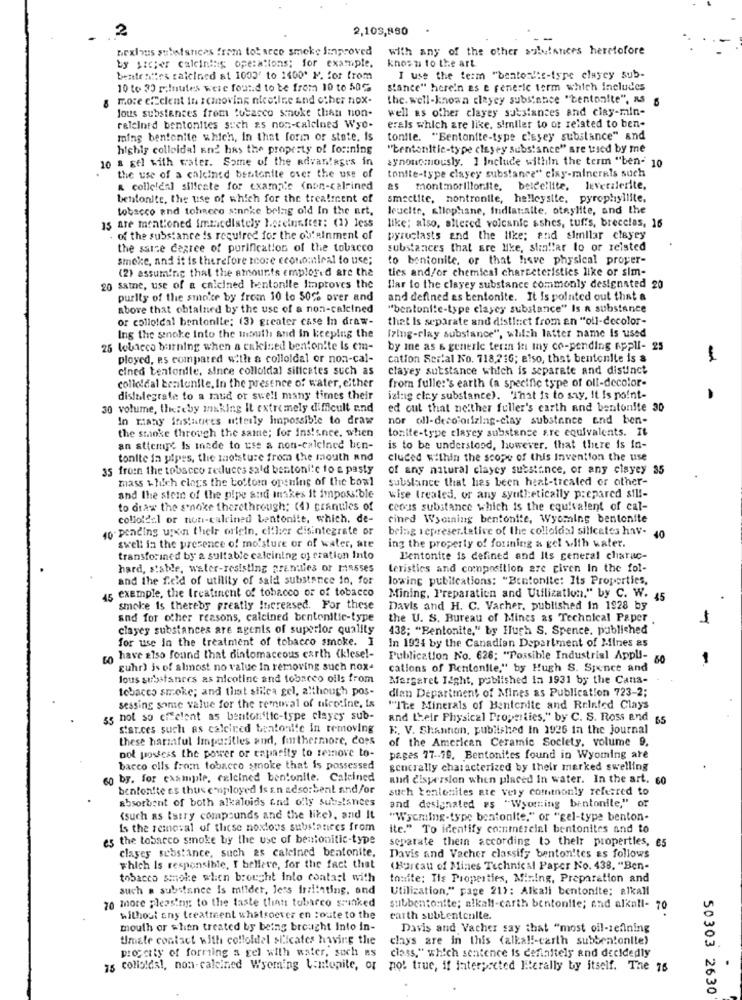
2
2,105,880
nexious substances fram tobacco smoke Improved
with any of the other substances heretofore
by sicper calcining operations; for example,
knosa to the art
benteittes calcined at 1003' to 1400* M. for from
I use the term "bentonitt-type clayey sub-
10 to 30 palnutes were found to be from 10 to 50℃
stance" here'n es e reneric term which includes
8 more efficient in samoviar nicotine and other nox-
the. well-known clayey substance "bentonite", as s
well as other clayey substances and clay-min-
Jous substances from tobacco smoke than non-
releinfd bentonites such as non-calelned Wyo-
erals which are like, similar to or related to ben-
ming bentonite which, in that form or state, is
tonite. "Bentonite-type c'ssey substance" and
highly colloidal and has the property of forining
"tentonitic-type clayey substance" are tused by me
10 & gel with water. Some of the advantages in
synonemously. ] Include within the term "ben- 10
the use of a calcined bentonite over the use of
tonite-type clayey substance" clay-minerals such
& collcleal silfeste for example (non-calrined
montmorillon.ite.
beideilite, leverilerite,
bentonite, the use of which for the treatment of
smectite, nontronile, helleysite, pyrophyllite.
tobacco and tohRere sinnke belag old In the art.
leucite, allophane, Indiatalte, oteylite, and the
15 are mentioned immediately hereinafter: (1) less
like; also, altered volcanic sshes, tuffs, brecelas, 16
of the substance is required for the obfelnment of
pyroclasts and the like; and similar clayey
the ssice degree of purification of the tobacco
substances that are like, straffar lo or reisted
smoke, and it is therefore teore economical to use;
to bentonite, or that have physical proyer-
(2) assuming that the amounts emplor. d are the
ties and/or chemical charceteristies like or sim-
20 same, use of a calcined bentonile Improves the
flar to the clayey substance commonly designated 20
purity of the smoite by from 10 to 50% over and
and defined as bentonite. It Is pointed out that a
above that obtained by the use of a non-calcined
"bentoni:e-type clayey substance" Is a substance
or colloidal bentonite: (3) greater case In draw-
that is separate and distinct from an "oll-decolor-
[zing-clay substance", which latter name is used
Ing the snoke into the mouth and in keeping the
25 tobacco burning when a cakised benton!te Is em-
by me as & generle teran in my co-pending appli- 25
ployed, es compared with a colloidal or non-cal-
cation Serial No. 718,216; also, that bentonite is &
cined bentonite, since colloidal silicetes such as
clayey substance which is separate and distinct
from fulle:'s earth (a specific type of oll-decolor-
colloidal beatenite, In the presence of water, either
disintegrate to a mud or swell many times their
izing clay substance). 'That is to say, It Is point-
30 volume, thereby making It extremely difficult and
ed out that neither fuller's earth and bentonite 30
In many instances utterly impossible to draw
nor oll-decolonizing-clay substance end ben-
the smoke through the same; for instance. when
tonite-type claycy substance s.re equivalents. It
an attempt Is made to use a non-calcined ben-
is to be understood, however, that there is in-
tonite ia pipes, the moisture from the mouth and
cluced within the scope of this Invention the use
35 from the tobacco reduces sald bentonite to a pasty
of any natural clayey substance, or any clayey 35
mass which clogs the bottom opening of the bowl
substance that has been heat-treated or other-
and the stem of the pipe and inkes it impossible
wise treated, or any synthetically prepared sil !-
to draw the sonoke therethrough: (4) ceanules of
ceous substance which is the equivalent of cal-
colloldal or non-calcined bentonite, which, de-
cined Wyoming bentonite, Wyoming bentonite
10 pending upon their origin, either disintegrate or
bring represer.tetive of the colloidal silicates hav-
40
swell in the presence of mo'sture or of water, ate
ing the property of formning a gel with water.
transforined by a suitable calcining of eration Into
Bentonite is defined and Its general charac-
hard, stable, water-resisting prenties or masses
teristics and composition are given In the fol-
and the f.e'd of utility of said substance in, for
lowwing publications: "Bentonite: Its Properties,
exemple, the treatinent of tobacco or of tobacco
45
Mining, Preparation and Utilization." by C. W. 45
smoke is thereby greatly Increased. For these
Davis and H. C. Vacher, published in 1928 by
and for other reasons, calcined bentenitic-type
the U. S. Bureau of Mines as Technical Paper .
clayey substances are agents of superior quality
438; "Bentonite," by Huch S. Spence, published
for use In the treatment of tobacco smoke.
In 1924 by the Canadian Department of Mines as
ro have also found that diatomaceous carth (klesel-
Publication No. 626; "Possible Industrial Appli-
60
guhr) is of almost no value In removing such nox-
cations of Rentenlle," by Hugh S. Spence and
lous substances as nicotine and tobacco oils from
Margaret Light, published in 1931 by the Cana-
tobacco smoke; and that siilca gel, although pos-
dlan Department of Mines as Publication 723-2;
sessing some value for the removal of nicotine, is
"Ite Minerals of Bentonite and Reinted Clays
55 hot so cilelent as benton'tic-type clayey sub-
and their Physical Properties," by C. S. Ross and
65
star.ces such as calcired bentonite in removing
E. V. Shannon, published In 1926 in the journal
these harmful Impurities and, furthermore, does
of the American Ceramic Society, volume 9,
not possess the power or capacity to remove to-
pages 77 -- 19. Bentonites found in Wyoming are
bacco olls fromn tobacco smoke that is possessed
generally characterized by their marked swelling
60 by. for example, calcined bentonite. Calcined
and dispersion when placed In water. In the art. 60
benton!te es thus employed is sn adso:bent and/or
such tenlonites ate very commonly referred to
absorbent of both alkaloids end ofly substances
and designated es "Wyoming bentonite," or
(such as isiry compounds and the like), and it
"Wyoming-type bentonite," or "cel-type benton-
Is the removal of these noxious substances from
ite." To identify coninercial bentonites and to
es the tobacco smoke by the use of bentonitic-type
separate them according to their properties, €5
clayes substance, such as calcined bentonite.
Davis and Vacher classify benton!tes as follows
which Is responsible, I believe, for the fact that
(Bureau of Mines Technical Paper No. 438. "Ben-
tobacco smoke wlien brought Into contact with
tonite; Its Properties, Mining, Preparation and
such a substance is milder, less irritating, and
Utilization," page 21): Alkali bentonite; alkall
20 more pleasing to the taste that tobacco sranked
subbentonite; alkall-carth bentonite; and alkall- 70
Without any treatreent whatsoever en toute to the
earth subtentenlte.
mouth or when treated by being brought Into in-
Davis and Vacher say that "most oil-refining
timate contact with colloldel silicates having the
clays are in this (alkal !- carth subbentonite)
progcity of forming a gel with water, such as
class," which sentence is definitely and decidedly
75 colloids !, non-calcined Wyoming bentonite, og
no: true, if interpreted literally by itself. The 76
50303 2630